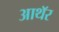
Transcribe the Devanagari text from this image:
आथॅर